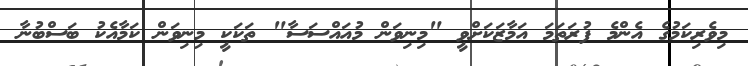
މިވެރިކަމުގެ އެންމެ ފުރަތަމަ އަމާޒަކަށްވީ "މިނިވަން މުއައްސަސާ" ތަކަކީ މިނިވަން ކަމާއެކު ބަސްބުނާ